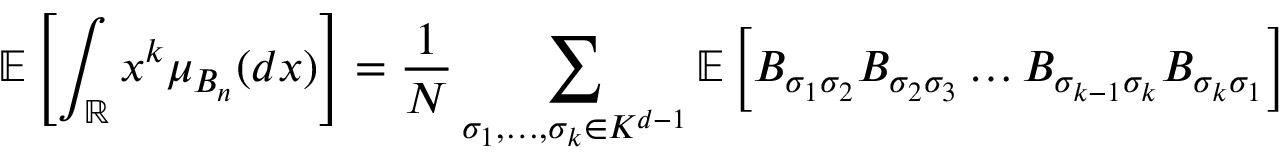
\mathbb { E } \left[ \int _ { \mathbb { R } } x ^ { k } \mu _ { B _ { n } } ( d x ) \right] = \frac { 1 } { N } \sum _ { \sigma _ { 1 } , \ldots , \sigma _ { k } \in K ^ { d - 1 } } \mathbb { E } \left[ B _ { \sigma _ { 1 } \sigma _ { 2 } } B _ { \sigma _ { 2 } \sigma _ { 3 } } \ldots B _ { \sigma _ { k - 1 } \sigma _ { k } } B _ { \sigma _ { k } \sigma _ { 1 } } \right]